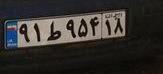
۹۱ط۹۵۴۱۸